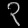
Digit: ၃